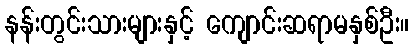
နန်းတွင်းသားများနှင့် ကျောင်းဆရာမနှစ်ဦး။